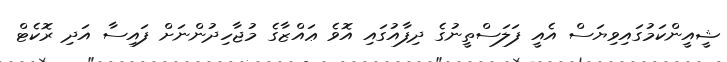
ޝީއީންކަމުގައިވިޔަސް އެއީ ފަލަސްތީނުގެ ދިފާއުގައި އޮވެ ޢައްޒާގެ މުޖާހިދުންނަށް ފައިސާ އަދި ރޮކެޓް